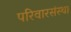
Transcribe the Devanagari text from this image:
परिवारसंस्था